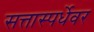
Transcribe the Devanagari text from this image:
सत्तास्पर्धेवर